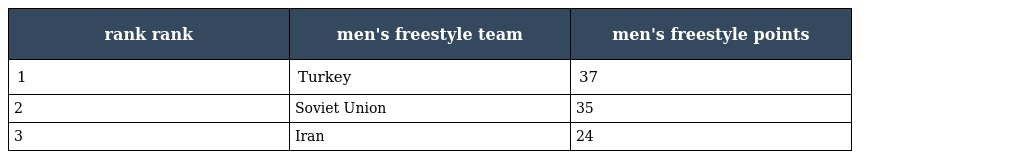
| rank rank | men's freestyle team | men's freestyle points |
 | --- | --- | --- |
 | 1 | Turkey | 37 |
 | 2 | Soviet Union | 35 |
 | 3 | Iran | 24 |